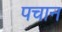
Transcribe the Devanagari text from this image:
पचान